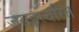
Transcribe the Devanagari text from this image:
जसहरचरित